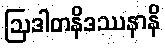
ဩဒါတနိဒဿနာနိ